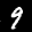
Label: 9